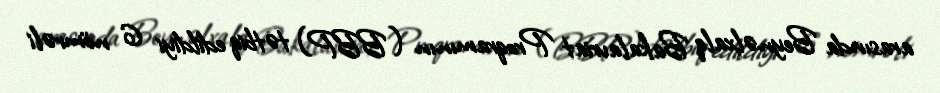
arasında Beynəlxalq Bakalavriat Proqramının (BBP) tətbiq edildiyi 6 nömrəli